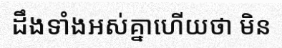
ដឹងទាំងអស់គ្នាហើយថា មិន